Leningradi_Edasi_toimetus, lk 26
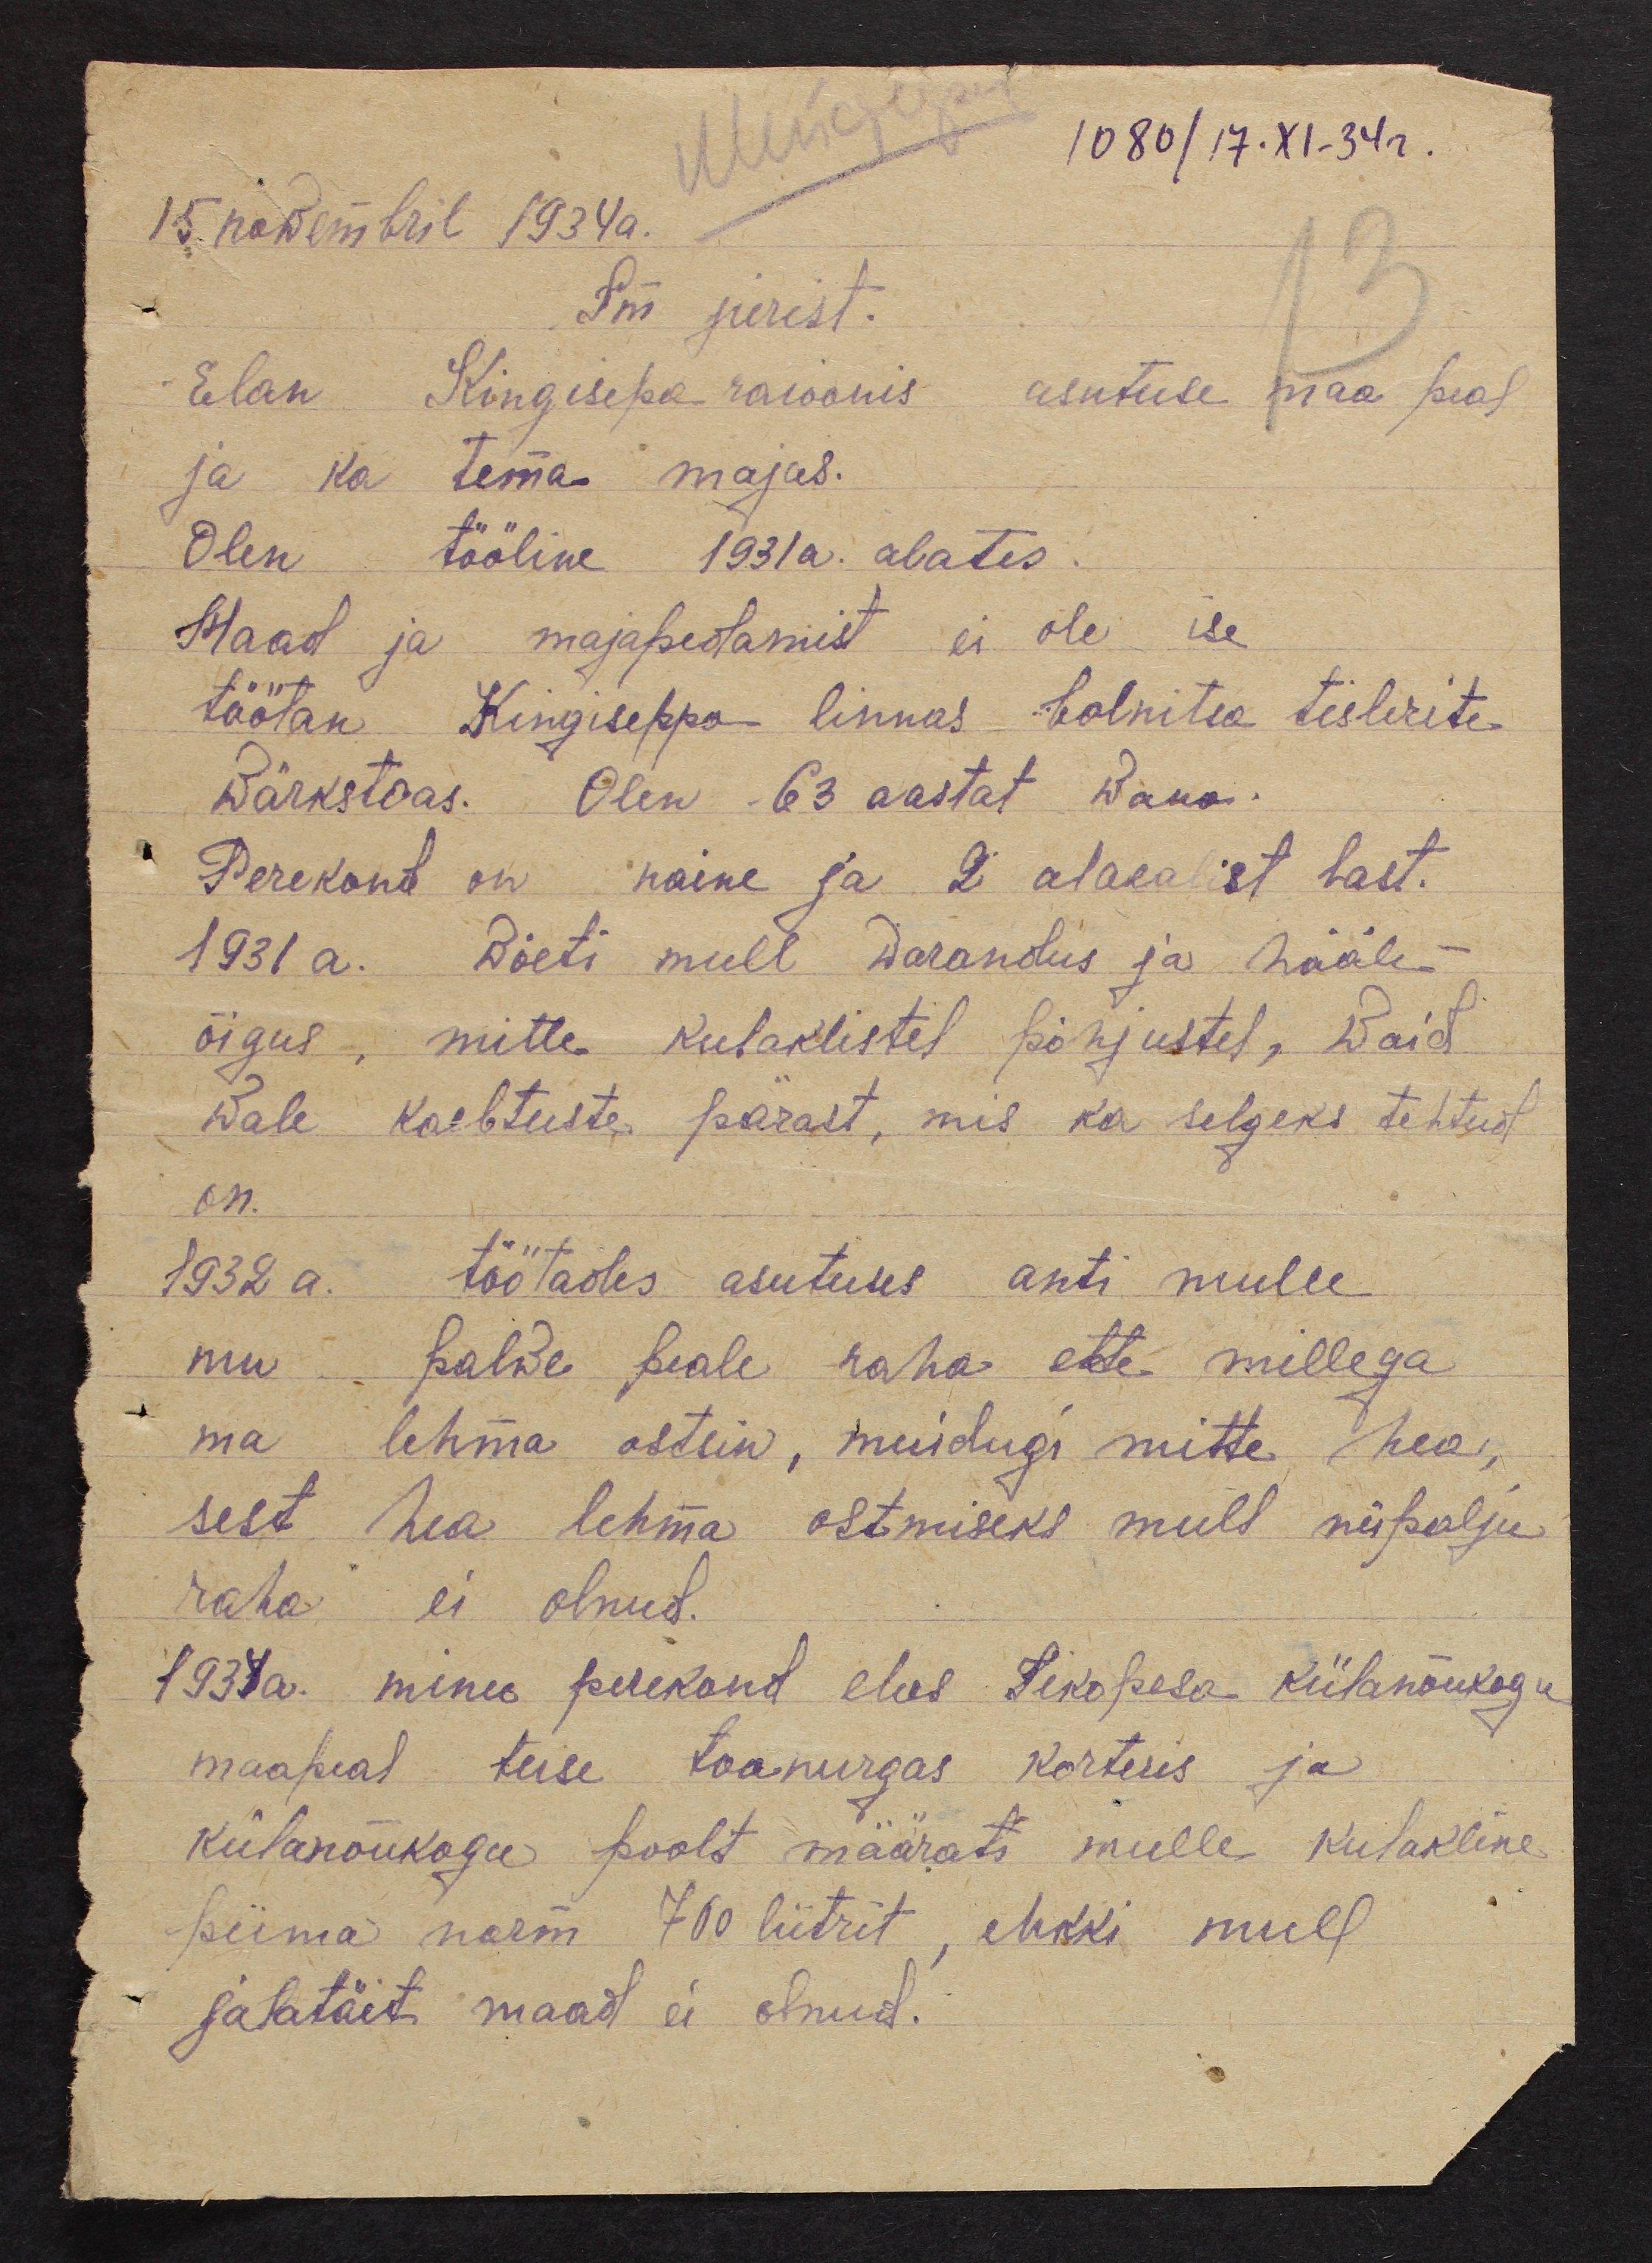
1080/17.XI. 34 г.
15. nowembril 1934a.
Sm jurist.
Elan Kingisepa raioonis asutuse maa peal
ja ka tema majas.
Olen tööline 1931a. alates.
Maad ja majapeatamist ei ole ise
töötan Kingiseppa linnas bolnitsa tislerite
Wärkstoas. Olen 63 aastat wana.
Perekond on naine ja 2 alaealist last.
1931 a. wõeti mull warandus ja hääle-
õigus -, mitte kulaklistel põhjustel, waid
wale kaebtuste pärast, mis ka selgeks tehtud
on.
1932 a. töötades asutuses anti mulle
mu palwe peale raha ette millega
ma lehma ostsin, muidugi mitte hea,
sest hea lehma ostmiseks mull niipalju
raha ei olnud.
1934a. minu perekond elas Tikopesa külanõukogu
maapeal teise toanurgas korteris ja
külanõukogu poolt määrats mulle kulakline
piima norm 700 liitrit, ehkki mull
jalatäit maad ei olnud.